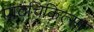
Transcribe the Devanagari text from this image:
पाठचिकित्सा